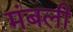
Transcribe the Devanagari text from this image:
मंबली